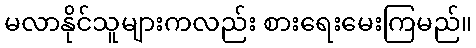
မလာနိုင်သူများကလည်း စားရေးမေးကြမည်။